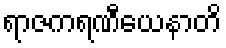
ရာဇကရဏီယေနာတိ